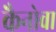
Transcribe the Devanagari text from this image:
कैनोवा